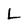
Character: l